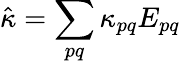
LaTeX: \hat{\kappa}=\sum_{pq}\kappa_{pq}E_{pq}